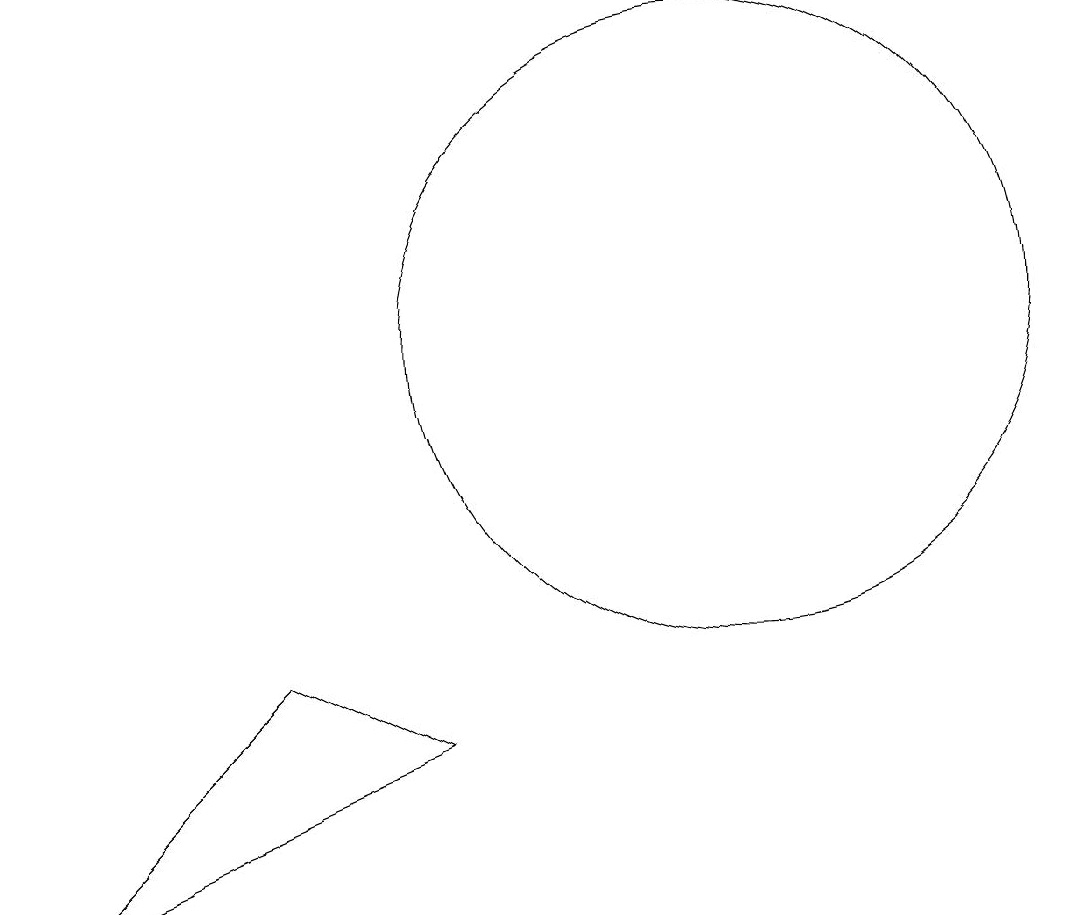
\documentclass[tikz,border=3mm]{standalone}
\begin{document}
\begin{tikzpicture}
\draw (1,5) -- (6,7) -- (4,8) -- cycle;
\draw (11,10) circle (0);
\draw (10,12) circle (4);
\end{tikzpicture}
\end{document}